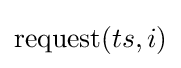
{\text{request}}(ts,i)